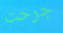
جرحت